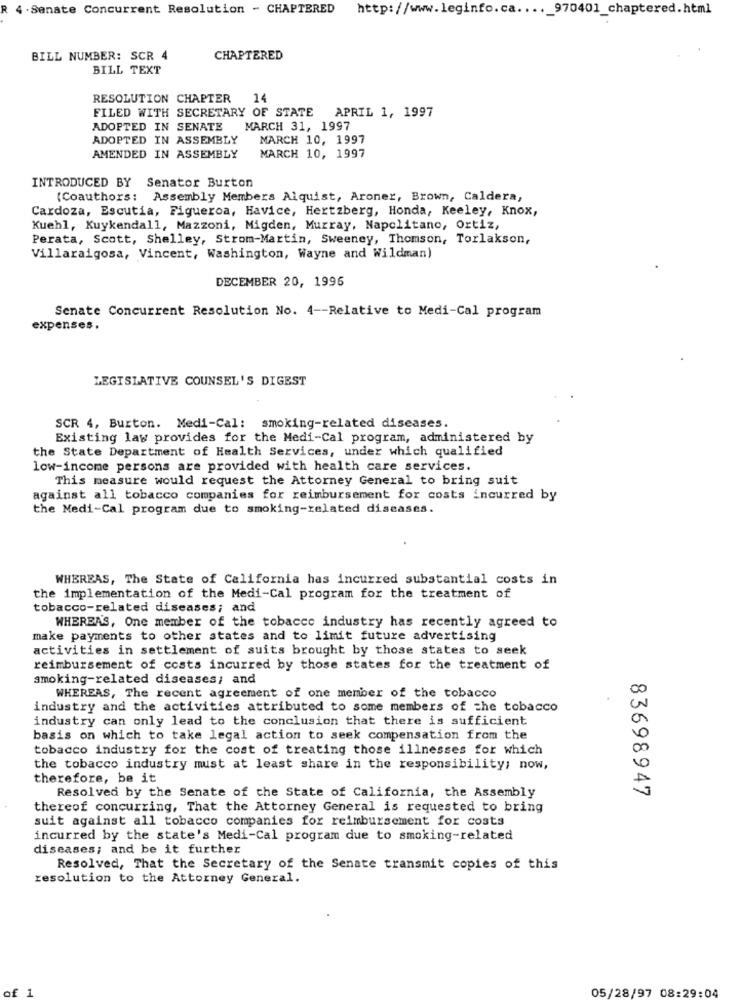
4 . Senate Concurrent Resolution - CHAPTERED
http://www.leginfo.ca ...._ 970401_chaptered.html
BILL NUMBER: SCR 4
CHAPTERED
BILL TEXT
RESOLUTION CHAPTER 14
FILED WITH SECRETARY OF STATE
APRIL 1, 1997
ADOPTED IN SENATE
MARCH 31, 1997
ADOPTED IN ASSEMBLY
MARCH 10, 1997
MARCH 10, 1997
AMENDED IN ASSEMBLY
INTRODUCED BY Senator Burton
(Coauthors: Assembly Members Alquist, Aroner, Brown, Caldera,
Cardoza, Escutia, Figueroa, Havice, Hertzberg, Honda, Keeley, Knox,
Kuehl, Kuykendall, Mazzoni, Migden, Murray, Napolitano, Ortiz,
Perata, Scott, Shelley, Strom-Martin, Sweeney, Thomson, Torlakson,
Villaraigosa, Vincent, Washington, Wayne and Wildman)
DECEMBER 20, 1996
Senate Concurrent Resolution No. 4 -- Relative to Medi-Cal program
expenses.
LEGISLATIVE COUNSEL'S DIGEST
SCR 4, Burton. Medi-Cal: smoking-related diseases.
Existing law provides for the Medi-Cal program, administered by
the State Department of Health Services, under which qualified
low-income persons are provided with health care services.
This measure would request the Attorney General to bring suit
against all tobacco companies for reimbursement for costs incurred by
the Medi-Cal program due to smoking-related diseases.
WHEREAS, The State of California has incurred substantial costs in
the implementation of the Medi-Cal program for the treatment of
tobacco-related diseases; and
WHEREA'S, One member of the tobacco industry has recently agreed to
make payments to other states and to limit future advertising
activities in settlement of suits brought by those states to seek
reimbursement of costs incurred by those states for the treatment of
smoking-related diseases; and
WHEREAS, The recent agreement of one member of the tobacco
industry and the activities attributed to some members of the tobacco
industry can only lead to the conclusion that there is sufficient
basis on which to take legal action to seek compensation from the
tobacco industry for the cost of treating those illnesses for which
the tobacco industry must at least share in the responsibility; now,
therefore, be it
Resolved by the Senate of the State of California, the Assembly
83698947
thereof concurring, That the Attorney General is requested to bring
suit against all tobacco companies for reimbursement for costs
incurred by the state's Medi-Cal program due to smoking-related
diseases; and be it further
Resolved, That the Secretary of the Senate transmit copies of this
resolution to the Attorney General.
of 1
05/28/97 08:29:04